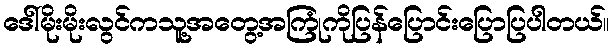
ဒေါ်မိုးမိုးလွင်ကသူ့အတွေ့အကြုံကိုပြန်ပြောင်းပြောပြပါတယ်။